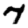
Digit: 7